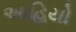
આહિયો